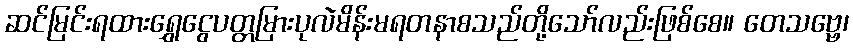
ဆင်မြင်းရထားရွှေငွေပတ္တမြားပုလဲမိန်းမရတနာစသည်တို့သော်လည်းဖြစ်စေ။ တေသဗ္ဗေ၊